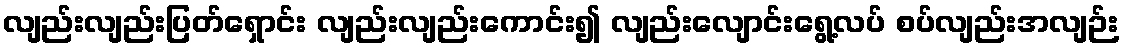
လျည်းလျည်းပြတ်ရှောင်း လျည်းလျည်းကောင်း၍ လျည်းလျောင်းရွေ့လပ် စပ်လျည်းအလျဉ်း